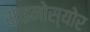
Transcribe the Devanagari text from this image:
साइनोस्योर